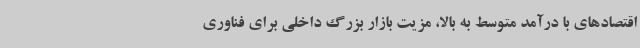
اقتصادهای با درآمد متوسط به بالا، مزیت بازار بزرگ داخلی برای فناوری